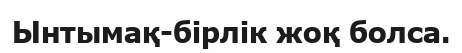
Ынтымақ-бірлік жоқ болса.